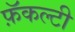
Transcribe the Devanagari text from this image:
फ़ॅकल्टी